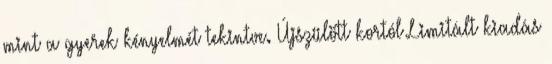
mint a gyerek kényelmét tekintve. Újszülött kortól Limitált kiadás